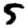
Digit: 5